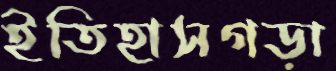
ইতিহাসগড়া